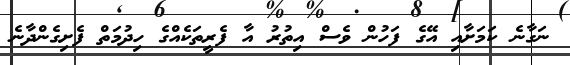
ނަގާނެ ކަމަށާއި އޭގެ ފަހުން ވެސް އިތުރު އާ ފެރީތަކެއްގެ ހިދުމަތް ފެށިގެންދާނެ